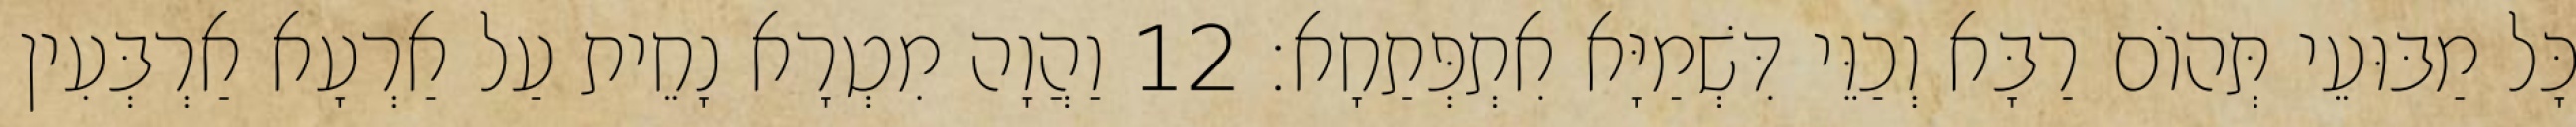
כָּל מַבּוּעֵי תְּהוֹם רַבָּא וְכַוֵּי דִּשְׁמַיָּא אִתְפְּתַחָא׃ 12 וַהֲוָה מִטְרָא נָחֵית עַל אַרְעָא אַרְבְּעִין